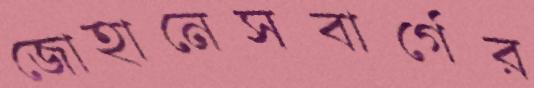
জোহানেসবার্গের